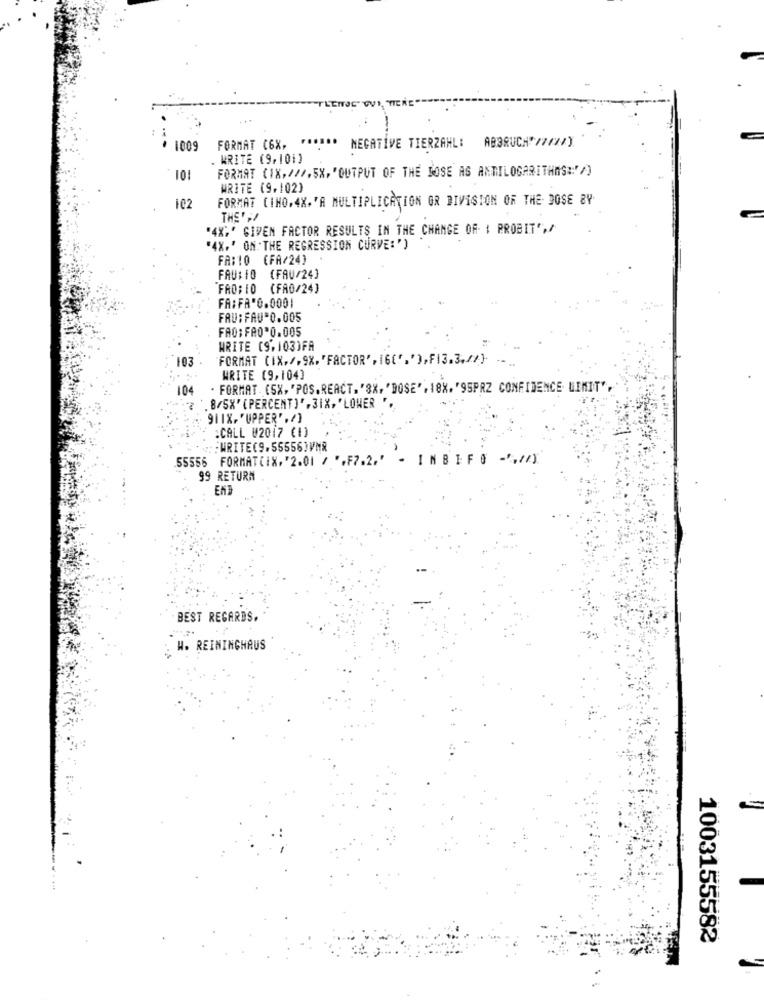
--
.
1009
FORMAT C6X,
NEGATIVE TIERZAHL:
. WRITE (9,101)
FORMAT (1X, ///,5X, "OUTPUT OF THE JOSE AS ANTILOGARITHNS:'/)
101
WRITE (9,102)
102
FORMAT CIHO,4X.'A MULTIPLICATION GR DIVISION OF THE DOSE BY
THE' ,
AX.' GIVEN FACTOR RESULTS IN THE CHANGE OF. : PROBIT',/
"4X.' ON THE REGRESSION CURVE:' )
FR:10 (FA/24)
FAU:IO (FAU/24]
FRO;10 (FAO/24]
FA:FA'0.000
FAU: FAUR0.005
FAO: FAO*0.005
WRITE (9,103)FA
103
"FORMAT (IX,/,9X. "FACTOR', 1G[','),F13.3.17} -
WRITE (9,104]
104 . FORMAT. (SX, "POS.REACT. 'SX, 'DOSE", 18X. '95PRZ CONFIDENCE. LIMIT".
". 8/5X' (PERCENT]' , 31X, "LOWER
911X. " UPPER' , /]
:CALL W2017 (1)
:: : WRITE(9.55556)VMR
55556 FORMATCIX, '2.01 / ",F7.2.'
INBEFO -*, //)
99 RETURN
ENT
BEST REGARDS,
W. REININGHAUS
1003155582